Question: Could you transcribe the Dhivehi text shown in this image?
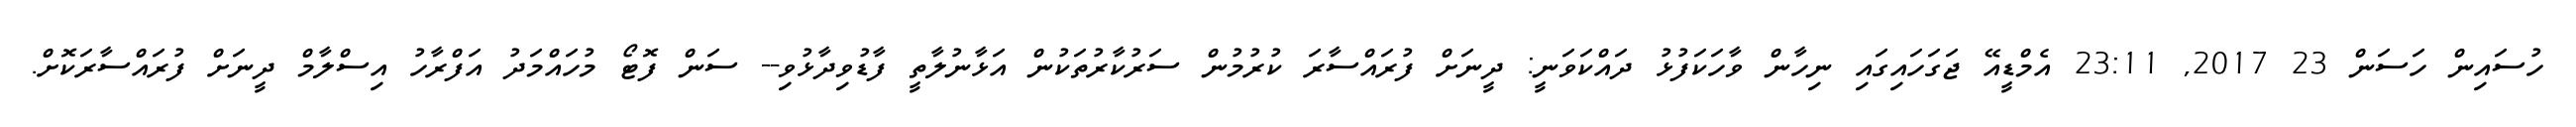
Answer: ހުސައިން ހަސަން 23 2017, 23:11 އެމްޑީއޭ ޖަގަހައިގައި ނިހާން ވާހަކަފުޅު ދައްކަވަނީ: ދީނަށް ފުރައްސާރަ ކުރުމުން ސަރުކާރުތަކުން އަޅާނުލާތީ ފާޑުވިދާޅުވި-- ސަން ފޮޓޯ މުހައްމަދު އަފްރާހު އިސްލާމް ދީނަށް ފުރައްސާރަކޮށް.